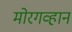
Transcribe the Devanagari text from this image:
मोरगव्हान